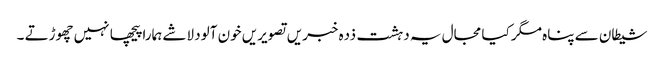
شیطان سے پناہ مگر کیا مجال یہ دہشت ذدہ خبریں تصویریں خون آلود لاشے ہمارا پیچھا نہیں چھوڑتے ۔